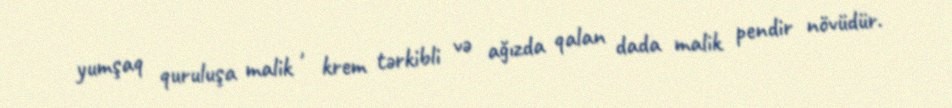
yumşaq quruluşa malik , krem tərkibli və ağızda qalan dada malik pendir növüdür.